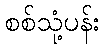
စစ်သုံ့ပန်း